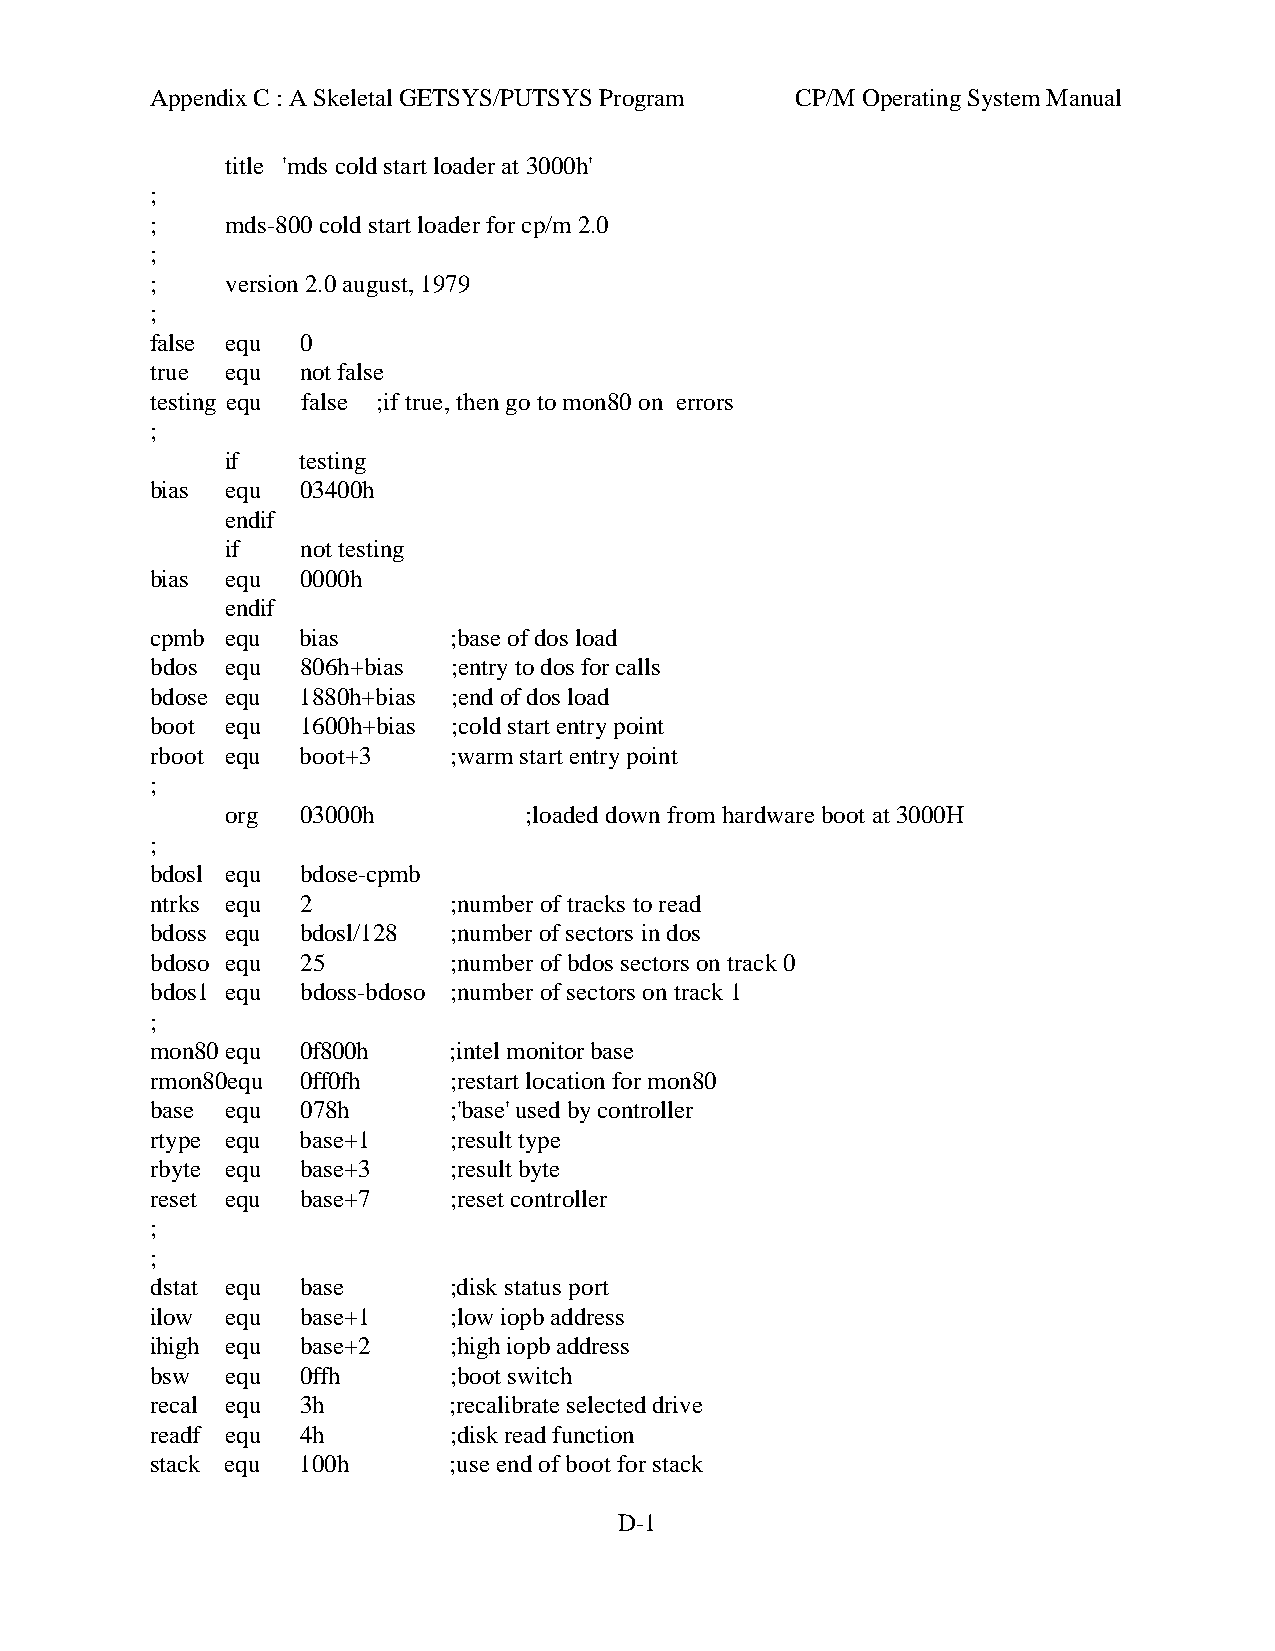
Appendix C : A Skeletal GETSYS/PUTSYS Program CP/M Operating System Manual
 title 'mds cold start loader at 3000h'
 ;
 ;    mds-800 cold start loader for cp/m 2.0
 ;
 ;    version 2.0 august, 1979
 ;
 false equ 0
 true equ  not false
 testing equ false ;if true, then go to mon80 on errors
 ;
 if   testing
 bias equ  03400h
 endif
 if   not testing
 bias equ  0000h
 endif
 cpmb equ  bias      ;base of dos load
 bdos equ  806h+bias ;entry to dos for calls
 bdose equ 1880h+bias ;end of dos load
 boot equ  1600h+bias ;cold start entry point
 rboot equ boot+3    ;warm start entry point
 ;
 org  03000h         ;loaded down from hardware boot at 3000H
 ;
 bdosl equ bdose-cpmb
 ntrks equ 2         ;number of tracks to read
 bdoss equ bdosl/128 ;number of sectors in dos
 bdoso equ 25        ;number of bdos sectors on track 0
 bdos1 equ bdoss-bdoso ;number of sectors on track 1
 ;
 mon80 equ 0f800h    ;intel monitor base
 rmon80equ 0ff0fh    ;restart location for mon80
 base equ  078h      ;'base' used by controller
 rtype equ base+1    ;result type
 rbyte equ base+3    ;result byte
 reset equ base+7    ;reset controller
 ;
 ;
 dstat equ base      ;disk status port
 ilow equ  base+1    ;low iopb address
 ihigh equ base+2    ;high iopb address
 bsw  equ  0ffh      ;boot switch
 recal equ 3h        ;recalibrate selected drive
 readf equ 4h        ;disk read function
 stack equ 100h      ;use end of boot for stack
 D-1